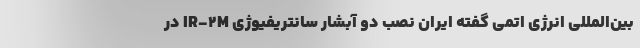
بین‌المللی انرژی اتمی گفته ایران نصب دو آبشار سانتریفیوژی IR-2M در